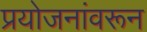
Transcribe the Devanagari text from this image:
प्रयोजनांवरून